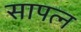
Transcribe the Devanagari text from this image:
सापत्न